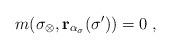
LaTeX: \begin{align*}m(\sigma_\otimes, \mathbf{r}_{\alpha_\sigma}(\sigma'))=0\;,\end{align*}